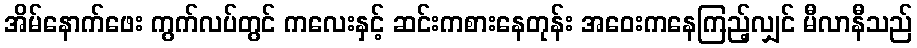
အိမ်နောက်ဖေး ကွက်လပ်တွင် ကလေးနှင့် ဆင်းကစားနေတုန်း အဝေးကနေကြည့်လျှင် မီလာနီသည်